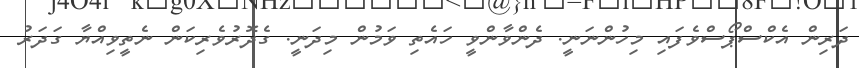
ދަރިން އެކްސްޕޯސްވެފައި މިހުންނަނީ. ދެންވާންވީ ހައެތި ވަމުން މިދަނީ. ގެދޮރުވެރިކަން ނެތީވިއްޔާ ގަދަރު